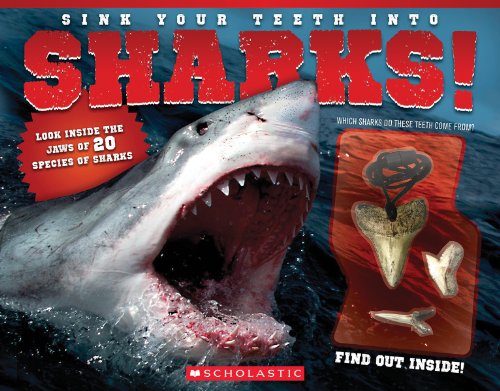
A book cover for Sink Your Teeth Into Sharks!; David George Gordon; Children's Books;